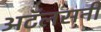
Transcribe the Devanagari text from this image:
अटॅलसनी